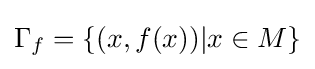
\Gamma _{f}=\{(x,f(x))|x\in M\}